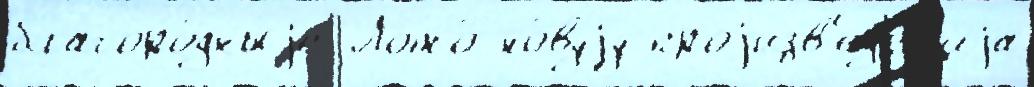
благоро́дныjе Лото́ но́вуjу проjизв'ед'е́н'иjа